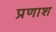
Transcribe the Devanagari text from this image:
प्रणाश